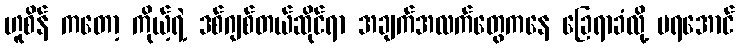
ဟူစိန် ကတော့ ကိုယ့်ရဲ့ ဒစ်ဂျစ်တယ်ဆိုင်ရာ အချက်အလက်တွေကနေ ခြေရာခံလို့ မရအောင်